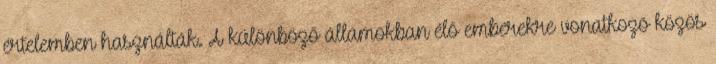
értelemben használták. A különböző államokban élő emberekre vonatkozó közös